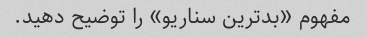
مفهوم «بدترین سناریو» را توضیح دهید.